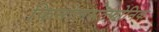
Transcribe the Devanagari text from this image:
फिनोलसल्फोनिक